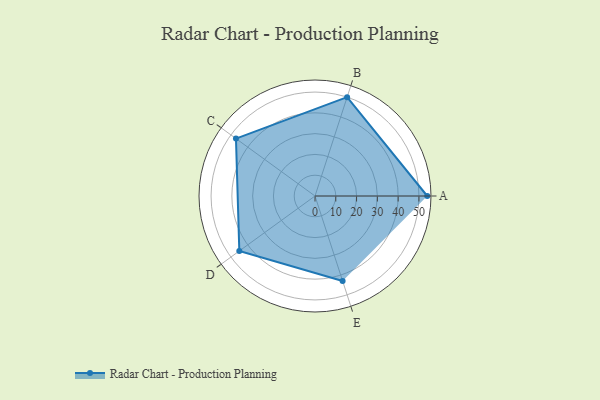
{"axis": {"x": "Skill", "y": "Score"}, "legend": ["Profile"], "data": [{"x": "A", "y": 54.0, "type": "Profile"}, {"x": "B", "y": 50.0, "type": "Profile"}, {"x": "C", "y": 47.0, "type": "Profile"}, {"x": "D", "y": 45.0, "type": "Profile"}, {"x": "E", "y": 43.0, "type": "Profile"}]}